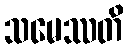
သမေဿတိ